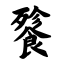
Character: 餮